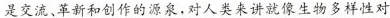
是交流、革新和创作的源泉，对人类来讲就像生物多样性对